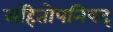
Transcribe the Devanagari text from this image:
संहितोपनिषद्